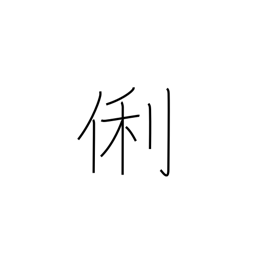
Meaning: clever